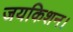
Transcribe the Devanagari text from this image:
जयकिशन।